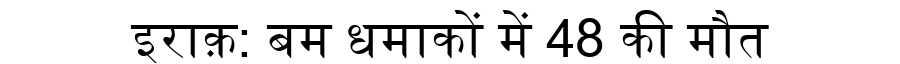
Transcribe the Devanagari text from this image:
इराक़: बम धमाकों में 48 की मौत